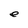
Character: e